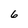
Character: 6